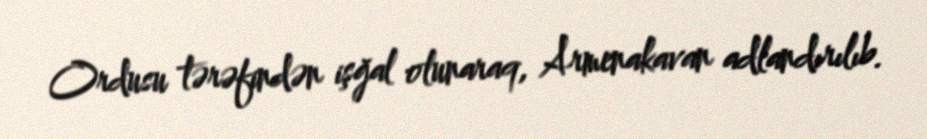
Ordusu tərəfindən işğal olunaraq, Armenakavan adlandırılıb.